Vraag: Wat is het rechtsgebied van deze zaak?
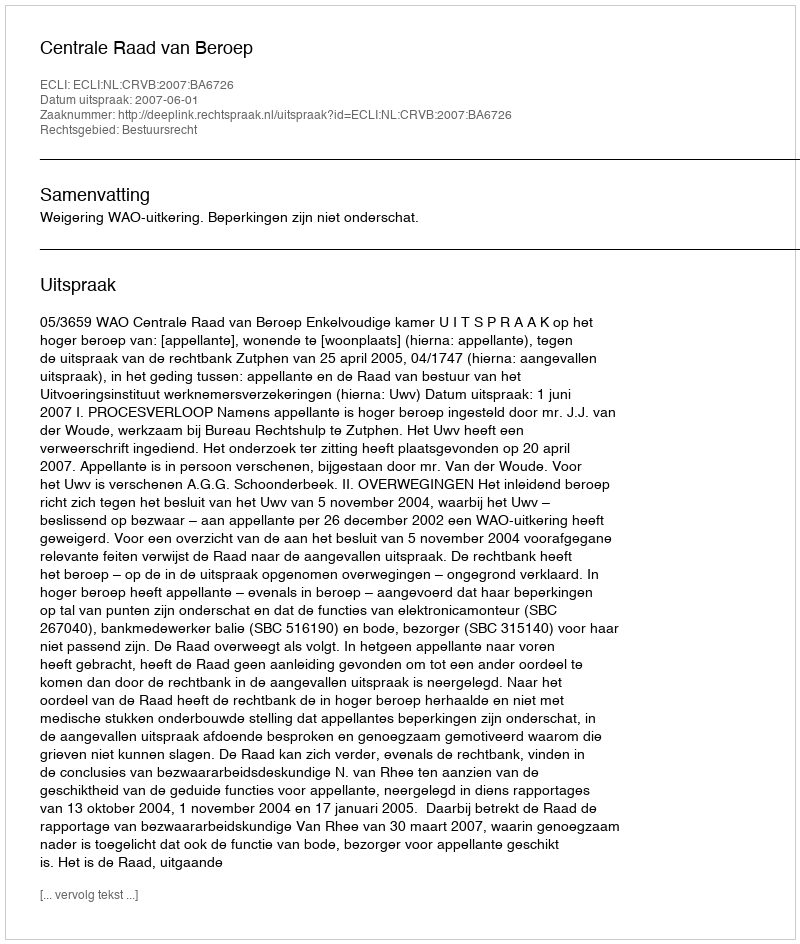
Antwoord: Bestuursrecht